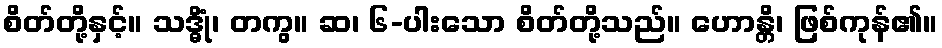
စိတ်တို့နှင့်။ သဒ္ဓိုံ၊ တကွ။ ဆ၊ ၆-ပါးသော စိတ်တို့သည်။ ဟောန္တိ၊ ဖြစ်ကုန်၏။